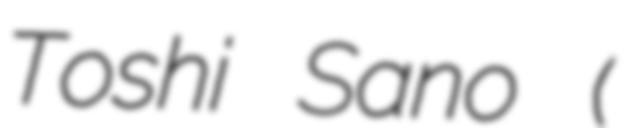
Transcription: Toshi Sano (佐野